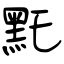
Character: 𪐞